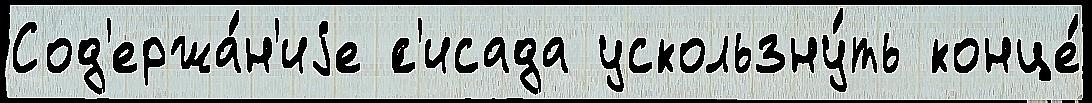
Сод'ержа́н'иjе ́с'исада ускользну́ть конце́